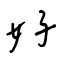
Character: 好